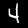
Digit: 4